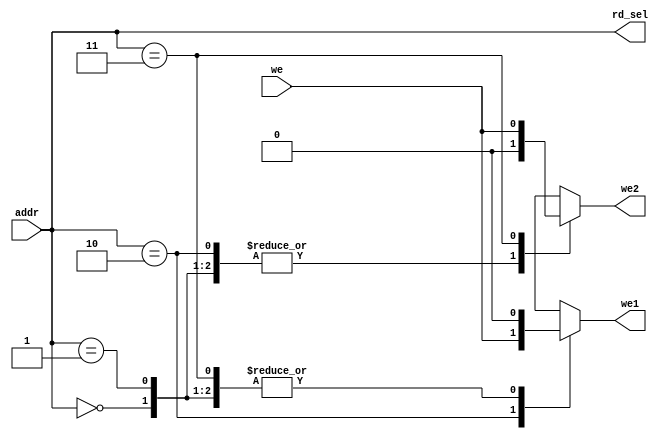
`timescale 1ns / 1ps

module gpio_addr_dec(input wire [1:0] addr, input wire we, output reg we1, output reg we2, output wire [1:0] rd_sel);
always@(*)
    begin
        case(addr)
        2'b00:
        begin
            we1 = 1'b0;
            we2 = 1'b0;
        end
        
        2'b01:
        begin
            we1 = 1'b0;
            we2 = 1'b0;
        end
        
        2'b10:
        begin
            we1 = we;
            we2 = 1'b0;
        end
        
        2'b11:
        begin
            we1 = 1'b0;
            we2 = we;
        end
        
        default:
        begin
            we1 = 1'bx;
            we2 = 1'bx;
        end
        endcase
    end
    
    assign rd_sel = addr;
endmodule